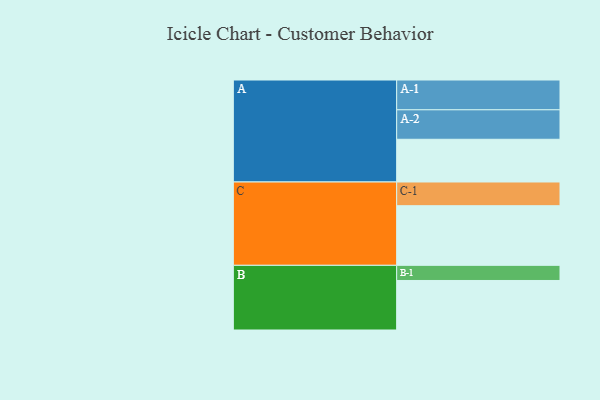
{"axis": {"x": "Segment", "y": "Value"}, "legend": ["", "A", "B", "C"], "data": [{"x": "A", "y": 364, "type": ""}, {"x": "B", "y": 422, "type": ""}, {"x": "C", "y": 508, "type": ""}, {"x": "A-1", "y": 254, "type": "A"}, {"x": "A-2", "y": 251, "type": "A"}, {"x": "B-1", "y": 129, "type": "B"}, {"x": "C-1", "y": 202, "type": "C"}]}